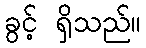
ခွင့် ရှိသည်။